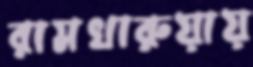
রামখারুয়ায়